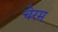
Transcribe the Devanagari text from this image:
चेरम